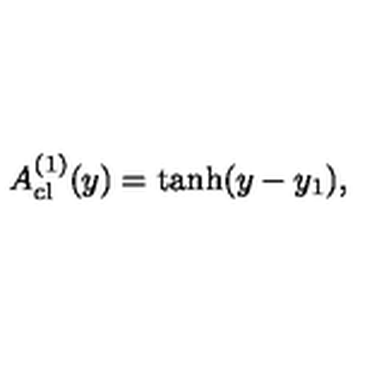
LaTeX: A _ { \mathrm { c l } } ^ { ( 1 ) } ( y ) = \tanh ( y - y _ { 1 } ) ,